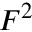
F ^ { 2 }